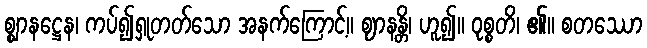
စ္ဈာနဋ္ဌေန၊ ကပ်၍ရှုတတ်သော အနက်ကြောင့်။ ဈာနန္တိ၊ ဟူ၍။ ဝုစ္စတိ၊ ၏။ စတဿော